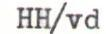
HH/vd